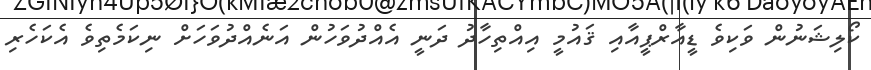
ކޯލިޝަނުން ވަކިވެ ޑީއާރްޕީއާއި ޤައުމީ އިއްތިހާދު ދަނީ އެއްދުވަހުން އަނެއްދުވަހަށް ނިކަމެތިވެ އެކަހެރި